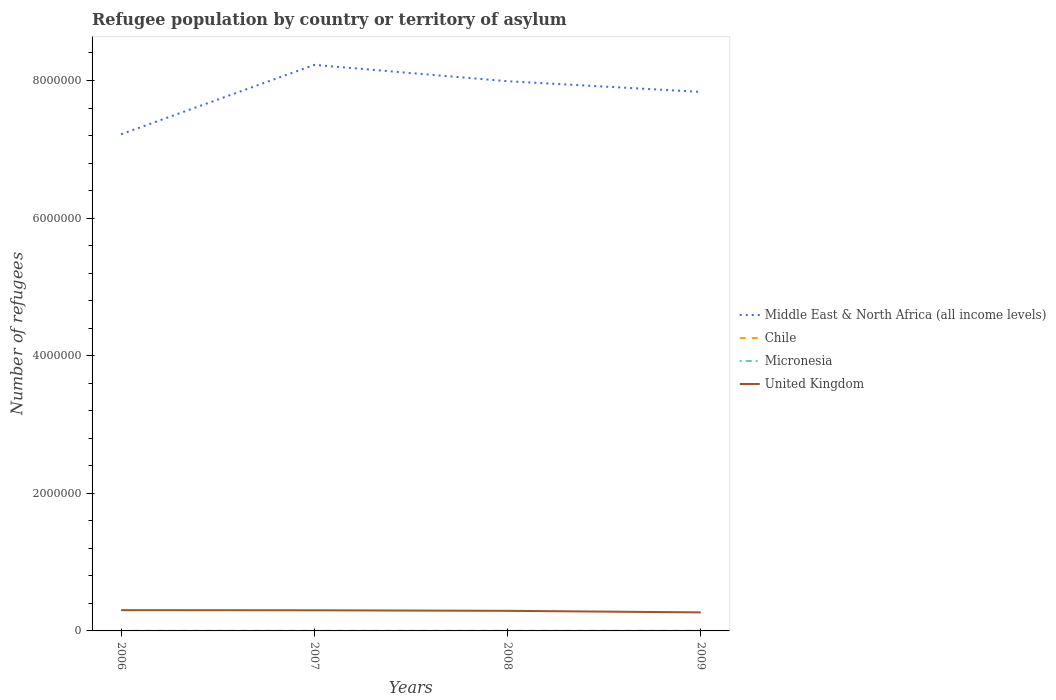
| Years | Middle East & North Africa (all income levels) | Chile | Micronesia | United Kingdom |
 | --- | --- | --- | --- | --- |
 | 2006 | 7.22e+06 | 1.13e+03 | 2 | 3.02e+05 |
 | 2007 | 8.23e+06 | 1.38e+03 | 2 | 3e+05 |
 | 2008 | 7.99e+06 | 1.61e+03 | 1 | 2.92e+05 |
 | 2009 | 7.83e+06 | 1.54e+03 | 1 | 2.69e+05 |